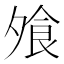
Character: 飧